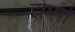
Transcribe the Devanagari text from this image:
झेप्पो